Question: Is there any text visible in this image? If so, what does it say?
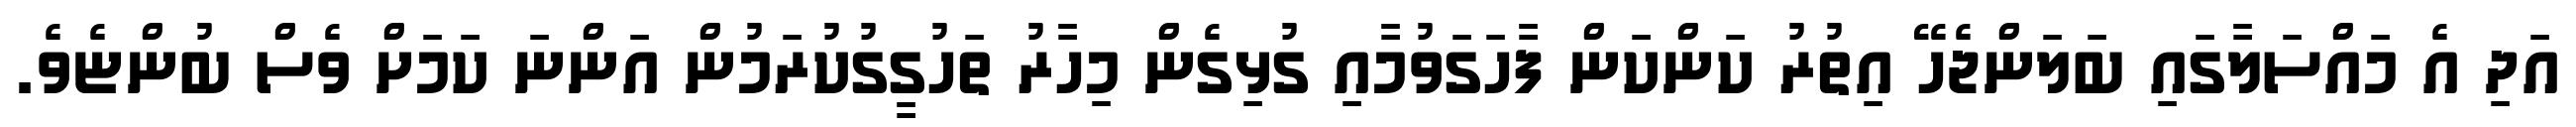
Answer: އަދި އެ މައްސަލާގައި ބަލަންޖެހޭ އިތުރު ކަންކަން ފާހަގަވުމާއި ގުޅިގެން މިހާރު ތަހުގީގުކުރަމުން އަންނަ ކަމަށް ވެސް ބުންޏެވެ.